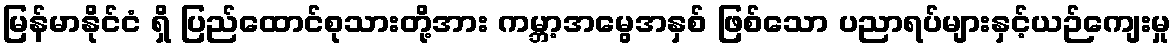
မြန်မာနိုင်ငံ ရှိ ပြည်ထောင်စုသားတို့အား ကမ္ဘာ့အမွေအနှစ် ဖြစ်သော ပညာရပ်များနှင့်ယဉ်ကျေးမှု